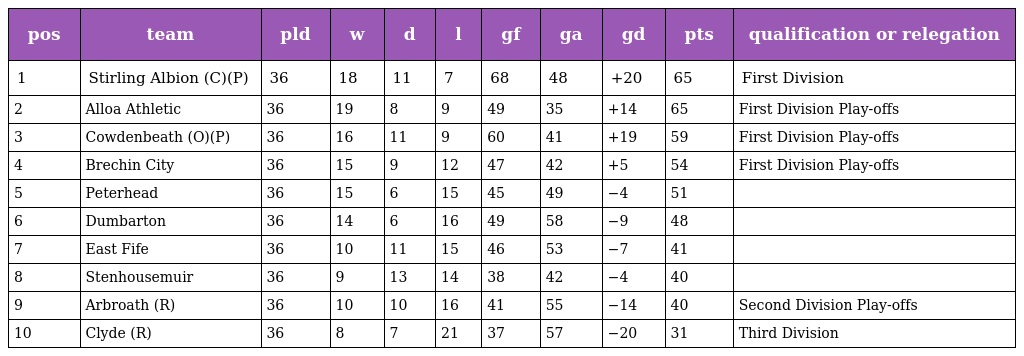
| pos | team | pld | w | d | l | gf | ga | gd | pts | qualification or relegation |
 | --- | --- | --- | --- | --- | --- | --- | --- | --- | --- | --- |
 | 1 | Stirling Albion (C)(P) | 36 | 18 | 11 | 7 | 68 | 48 | +20 | 65 | First Division |
 | 2 | Alloa Athletic | 36 | 19 | 8 | 9 | 49 | 35 | +14 | 65 | First Division Play-offs |
 | 3 | Cowdenbeath (O)(P) | 36 | 16 | 11 | 9 | 60 | 41 | +19 | 59 | First Division Play-offs |
 | 4 | Brechin City | 36 | 15 | 9 | 12 | 47 | 42 | +5 | 54 | First Division Play-offs |
 | 5 | Peterhead | 36 | 15 | 6 | 15 | 45 | 49 | −4 | 51 |  |
 | 6 | Dumbarton | 36 | 14 | 6 | 16 | 49 | 58 | −9 | 48 |  |
 | 7 | East Fife | 36 | 10 | 11 | 15 | 46 | 53 | −7 | 41 |  |
 | 8 | Stenhousemuir | 36 | 9 | 13 | 14 | 38 | 42 | −4 | 40 |  |
 | 9 | Arbroath (R) | 36 | 10 | 10 | 16 | 41 | 55 | −14 | 40 | Second Division Play-offs |
 | 10 | Clyde (R) | 36 | 8 | 7 | 21 | 37 | 57 | −20 | 31 | Third Division |